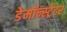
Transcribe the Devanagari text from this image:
डेमॉन्स्ट्रेटर